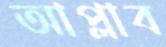
আপ্লাব